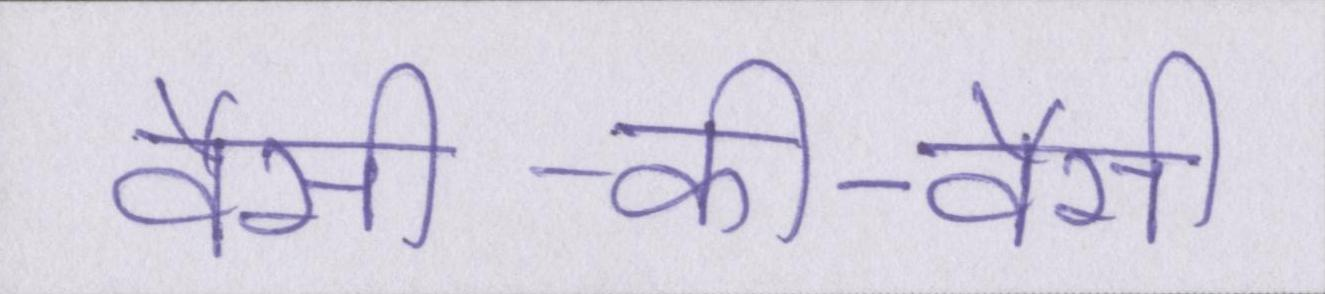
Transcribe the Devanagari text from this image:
वैसी-की-वैसी